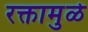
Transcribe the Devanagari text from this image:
रक्तामुळे